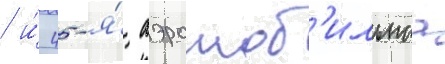
/ и́ 45-я́ аэромоб'ильнаа